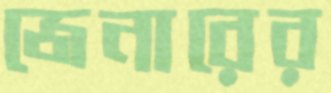
জেনারের